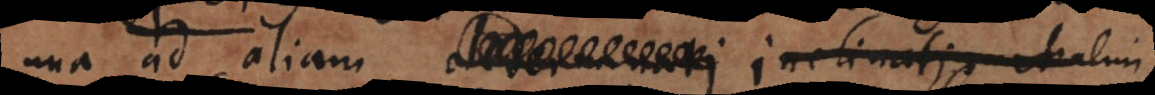
una ad aliam determinati incli